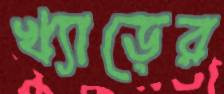
খ্যাড়ের